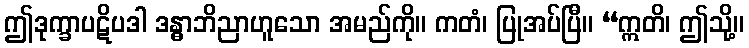
ဤဒုက္ခာပဋိပဒါ ဒန္ဓာဘိညာဟူသော အမည်ကို။ ကတံ၊ ပြုအပ်ပြီ။ “ဣတိ၊ ဤသို့။